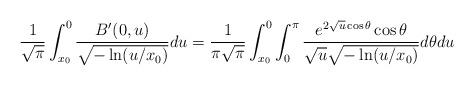
LaTeX: \begin{align*}\frac{1}{\sqrt{\pi}}\int_{x_0}^{0} \frac{B'(0,u)}{\sqrt{-\ln (u/x_0)}}du=\frac{1}{\pi \sqrt{\pi}}\int_{x_0}^0 \int_0^{\pi} \frac{ e^{2 \sqrt{u} \cos \theta} \cos \theta}{\sqrt{u} \sqrt{-\ln(u/x_0)}}d\theta du\end{align*}